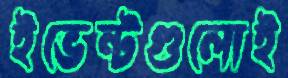
ইভেন্টগুলোই